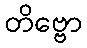
တိဗ္ဗော